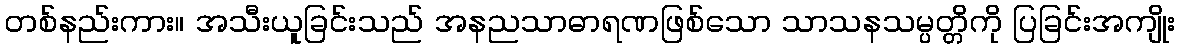
တစ်နည်းကား။ အသီးယူခြင်းသည် အနညသာဓာရဏဖြစ်သော သာသနသမ္ပတ္တိကို ပြခြင်းအကျိုး